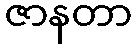
ဇာနတာ